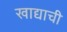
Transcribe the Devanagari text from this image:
खाद्याची